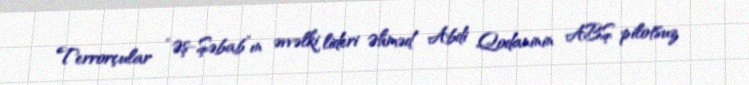
Terrorçular “Əş-Şəbab”ın əvvəlki lideri Əhməd Abdi Qodaninin ABŞ pilotsuz